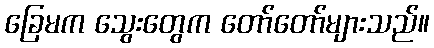
ခြေမက သွေးတွေက တော်တော်များသည်။